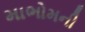
માભોમની